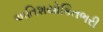
અતિશયોકિતભરી